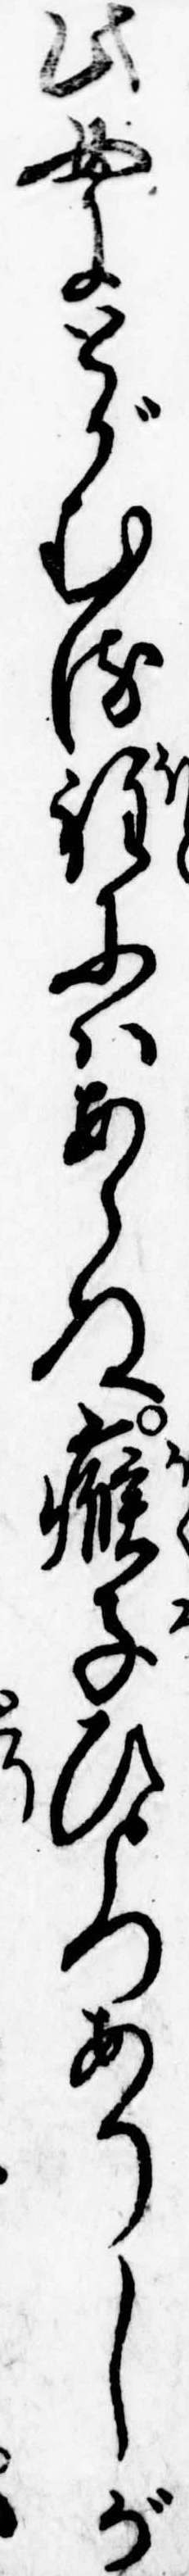
此女にとがむる程にはあらぬ𤸰子ひとつありしが